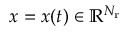
x = x ( t ) \in \mathbb { R } ^ { N _ { \mathrm { r } } }